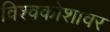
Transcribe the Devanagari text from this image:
विश्वकोशावर